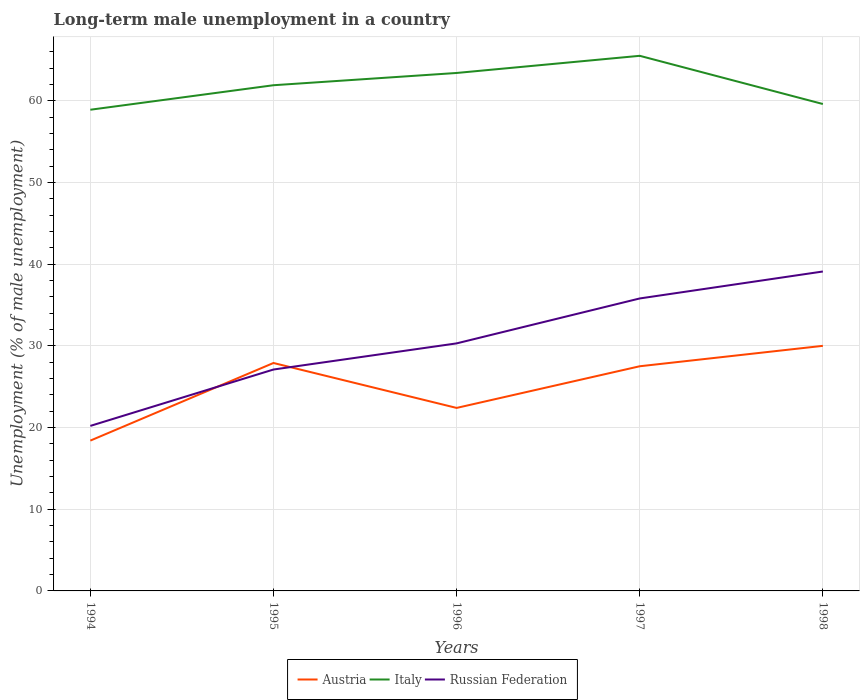
| Years | Austria | Italy | Russian Federation |
 | --- | --- | --- | --- |
 | 1994 | 18.4 | 58.9 | 20.2 |
 | 1995 | 27.9 | 61.9 | 27.1 |
 | 1996 | 22.4 | 63.4 | 30.3 |
 | 1997 | 27.5 | 65.5 | 35.8 |
 | 1998 | 30 | 59.6 | 39.1 |